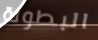
البطولة